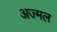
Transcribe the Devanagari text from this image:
अज्मल